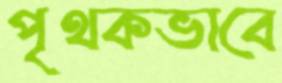
পৃথকভাবে